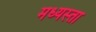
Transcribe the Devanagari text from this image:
मध्‍यस्ता